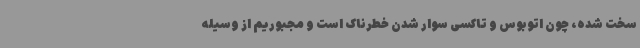
سخت شده، چون اتوبوس و تاکسی سوار شدن خطرناک است و مجبوریم از وسیله